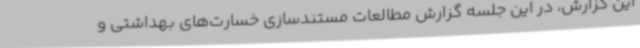
این گزارش، در این جلسه گزارش مطالعات مستندسازی خسارت‌های بهداشتی و